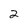
Character: 2